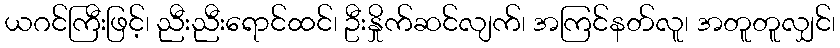
ယဂင်ကြီးဖြင့်၊ ညီးညီးရောင်ထင်၊ ဦးနှိုက်ဆင်လျက်၊ အကြင်နတ်လူ၊ အတူတူလျှင်၊